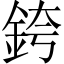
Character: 銙